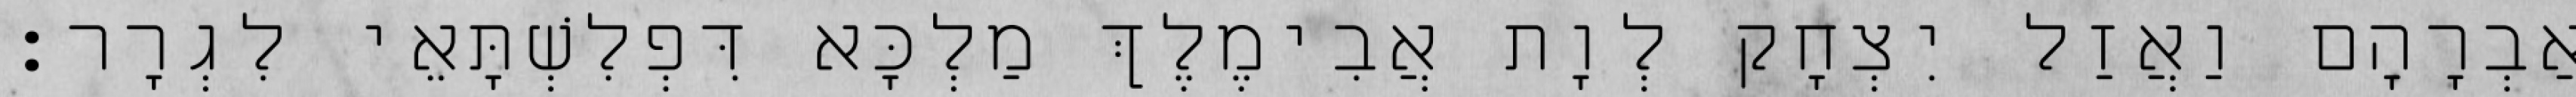
אַבְרָהָם וַאֲזַל יִצְחָק לְוָת אֲבִימֶלֶךְ מַלְכָּא דִּפְלִשְׁתָּאֵי לִגְרָר׃